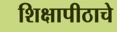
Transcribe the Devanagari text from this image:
शिक्षापीठाचे